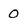
Character: 0